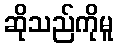
ဆိုသည်ကိုမူ